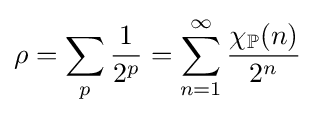
\rho =\sum _{p}{\frac {1}{2^{p}}}=\sum _{n=1}^{\infty }{\frac {\chi _{\mathbb {P} }(n)}{2^{n}}}